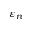
\varepsilon _ { n }